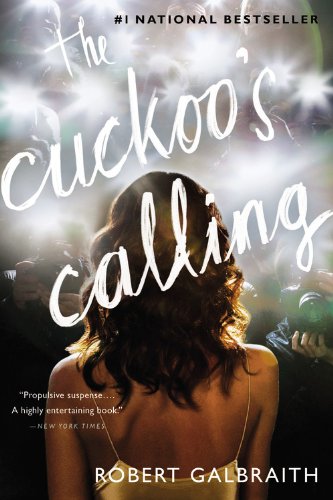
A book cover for The Cuckoo's Calling (Cormoran Strike); Robert Galbraith; Mystery, Thriller & Suspense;